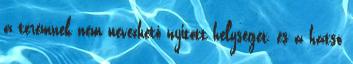
a teremnek nem nevezhető nyitott helységet, és a hátsó